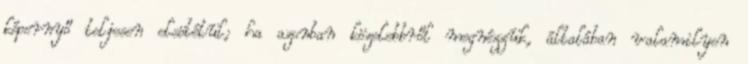
képernyő teljesen elsötétül; ha azonban közelebbről megnézzük, általában valamilyen